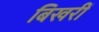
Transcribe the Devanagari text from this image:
बिखरीं